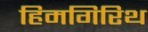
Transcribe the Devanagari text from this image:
हिमगिरिथ